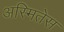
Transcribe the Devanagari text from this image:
अस्मितेस